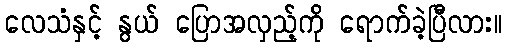
လေသံနှင့် နွယ် ပြောအလှည့်ကို ရောက်ခဲ့ပြီလား။